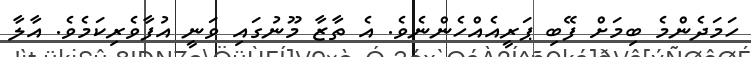
ހަމަދެންމެ ބިމަށް ފޭބި ޕަރީއެއްހެންނެވެ. އެ ތާޒާ މޫނުގައި ވަނީ އުފާވެރިކަމެވެ. އާލާ